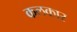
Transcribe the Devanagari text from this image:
कलकार